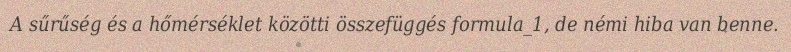
A sűrűség és a hőmérséklet közötti összefüggés formula_1, de némi hiba van benne.